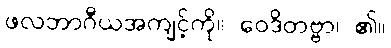
ဖလဘာဂီယအကျင့်ကို။ ဝေဒိတဗ္ဗာ၊ ၏။